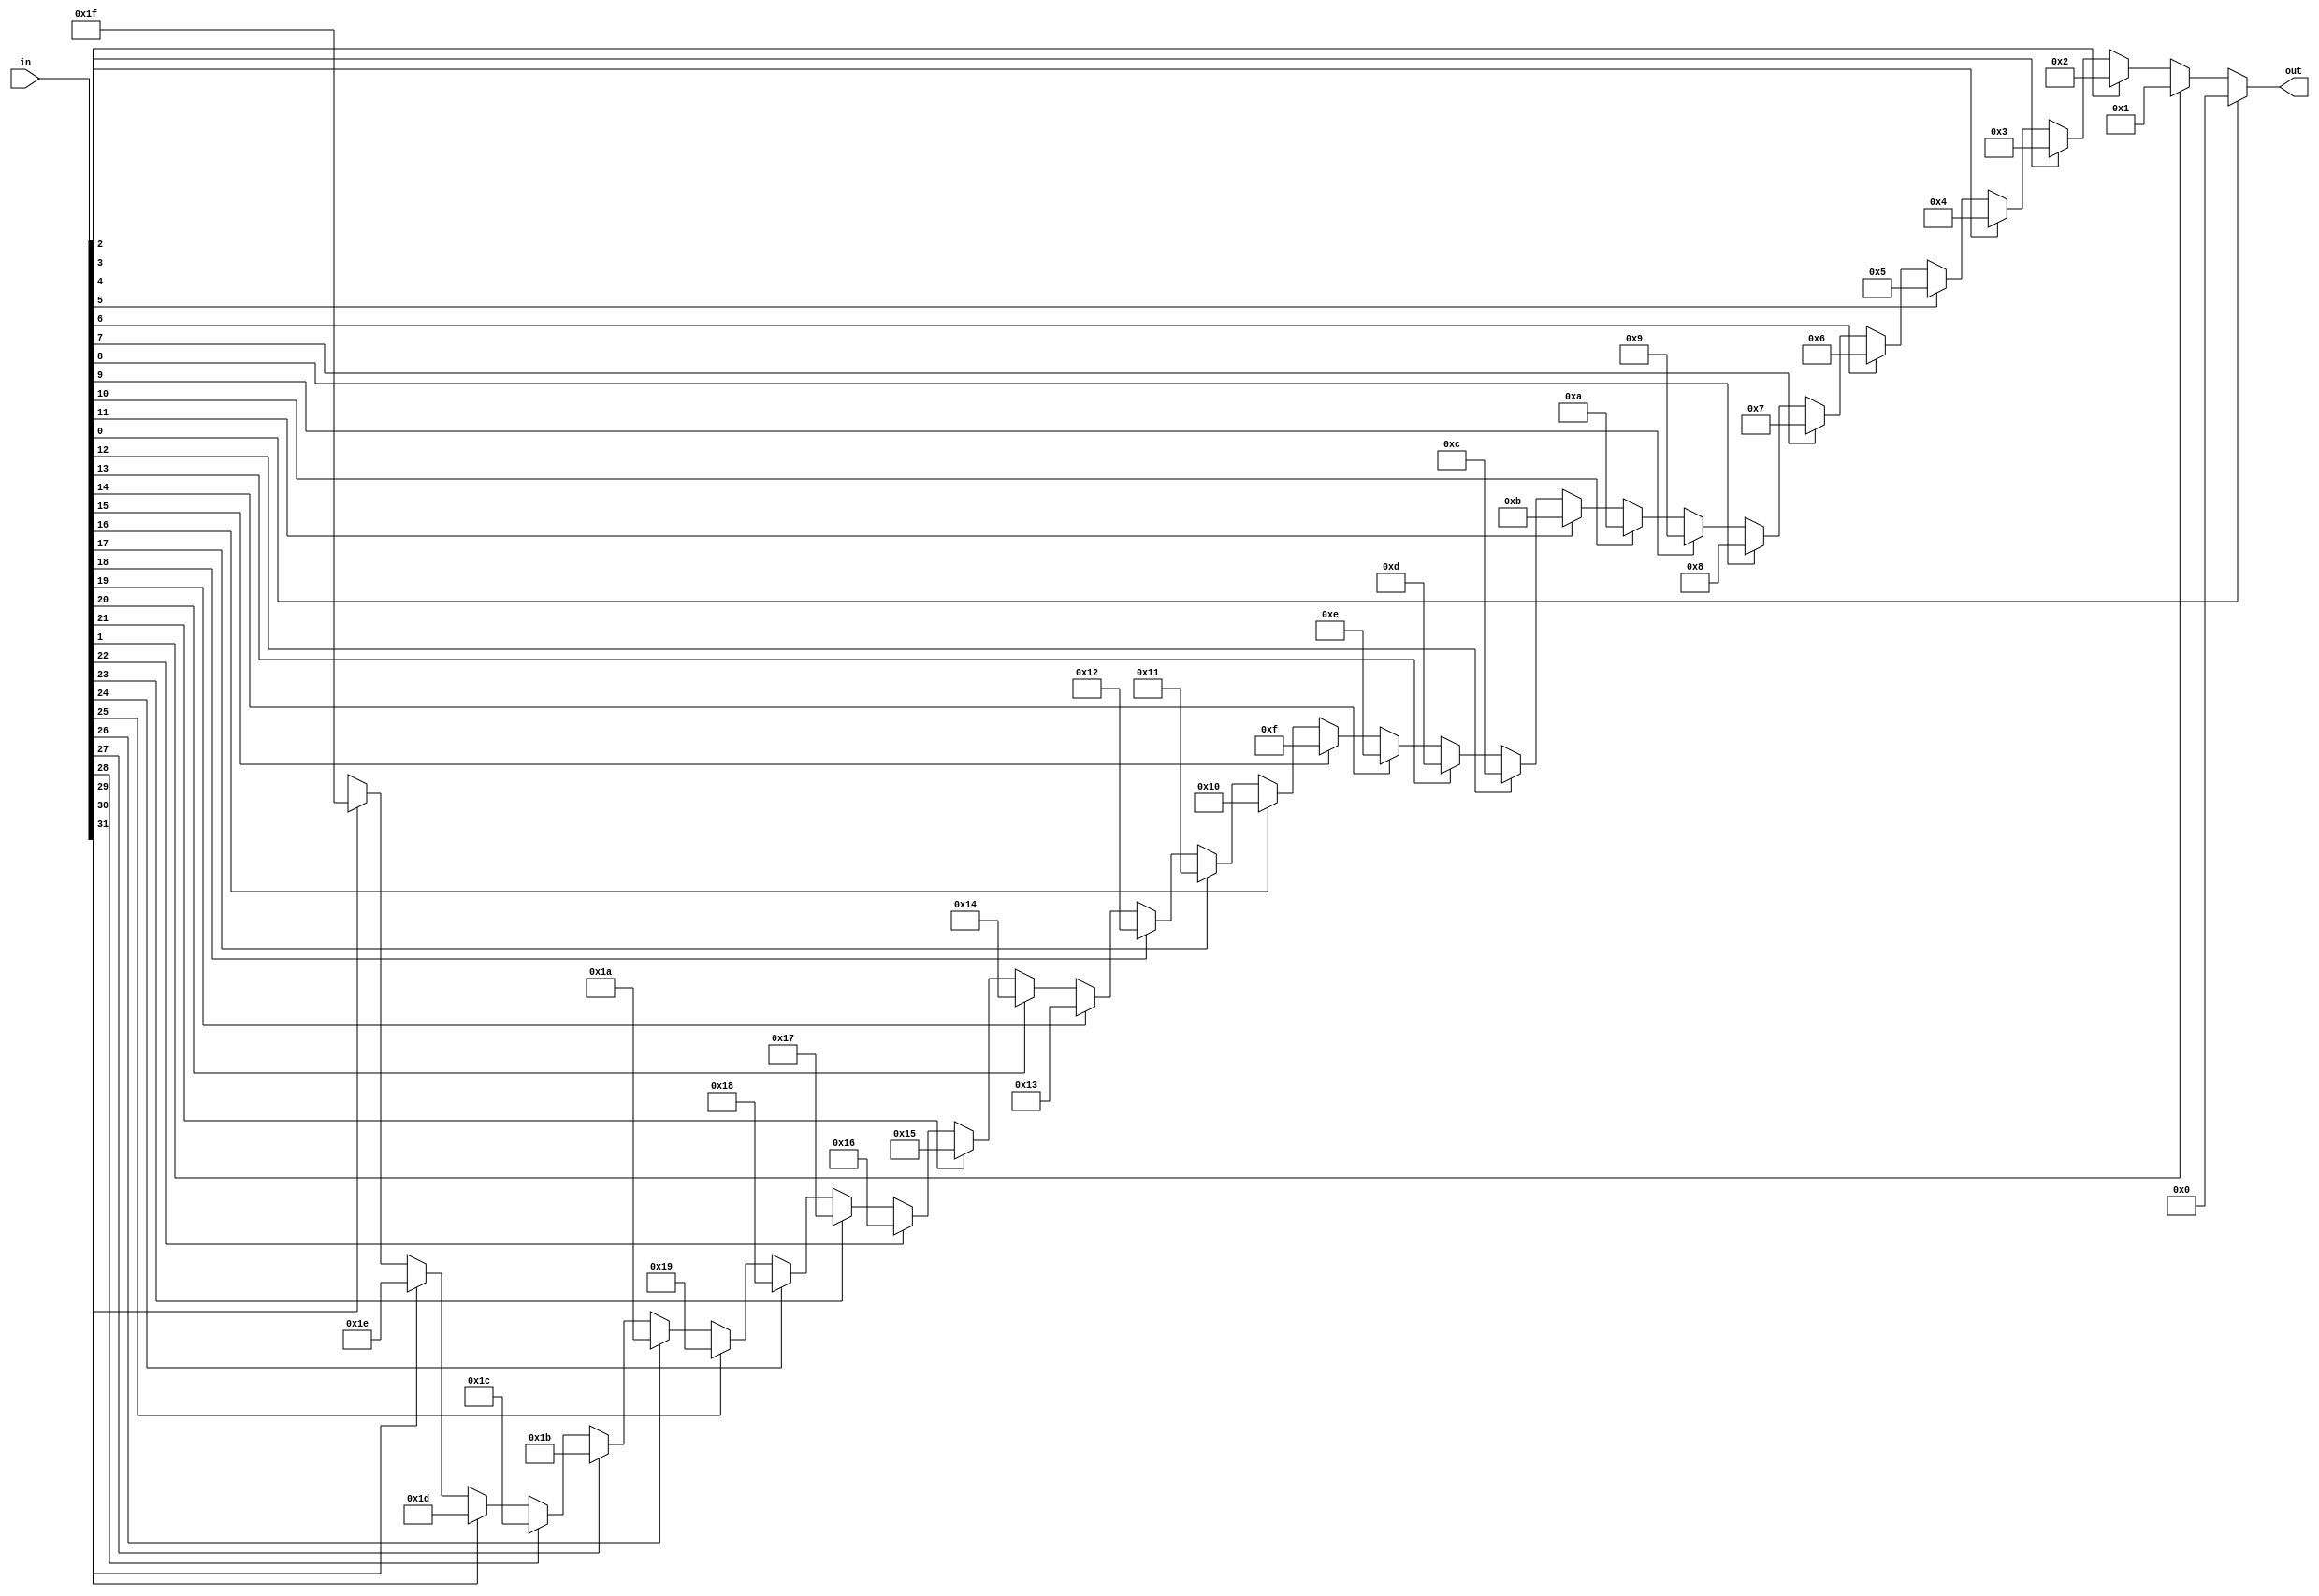
`timescale 1ns / 100ps

module PriorityEncoder #(
    parameter ADDR_LINES = 5
 ) (
    input wire [(1 << ADDR_LINES)-1: 0] in,
    output reg [ADDR_LINES-1: 0] out
 );

    integer i;
    always @(*) begin
        out = {ADDR_LINES{1'bx}}; // don't care if no 'in' bits set
        for (i = (1 << ADDR_LINES)-1 ; i >= 0; i = i-1) if (in[i]) out = i;
    end
endmodule